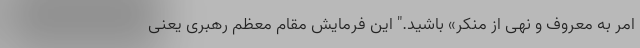
امر به معروف و نهی از منکر» باشید." این فرمایش مقام معظم رهبری یعنی